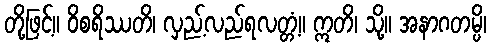
တို့ဖြင့်။ ဝိစရိဿတိ၊ လှည့်လည်ရလတ္တံ့။ ဣတိ၊ သို့။ အနာဂတမ္ပိ၊